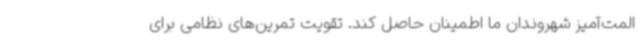
المت‌آمیز شهروندان ما اطمینان حاصل کند. تقویت تمرین‌های نظامی برای